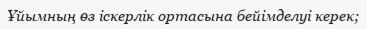
Ұйымның өз іскерлік ортасына бейімделуі керек;